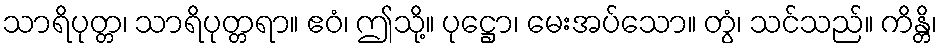
သာရိပုတ္တ၊ သာရိပုတ္တရာ။ ဧဝံ၊ ဤသို့။ ပုဋ္ဌော၊ မေးအပ်သော။ တွံ၊ သင်သည်။ ကိန္တိ၊